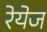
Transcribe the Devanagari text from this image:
रेयेज